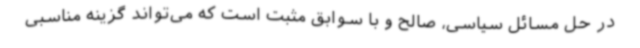
در حل مسائل سیاسی، صالح و با سوابق مثبت است که می‌تواند گزینه مناسبی